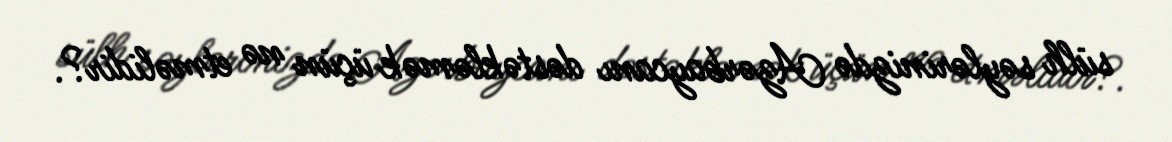
sülh səylərinizdə Azərbaycanı dəstəkləmək üçün nə etməlidir?.